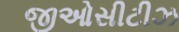
જીઓસીટીઝ